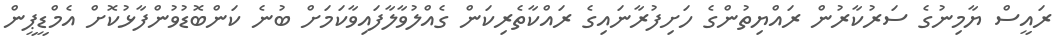
ރައީސް ޔާމިނުގެ ސަރުކާރުން ރައްޔިތުންގެ ހަށިފުރާނައިގެ ރައްކާތެރިކަން ގެއްލުވާލާފައިވާކަމަށް ބުނެ ކަންބޮޑުވުންފާޅުކޮށް އެމްޑީޕީން